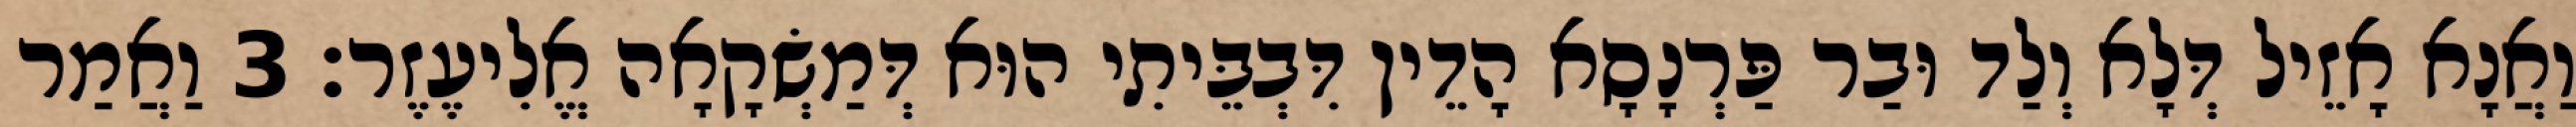
וַאֲנָא אָזֵיל דְּלָא וְלַד וּבַר פַּרְנָסָא הָדֵין דִּבְבֵּיתִי הוּא דְּמַשְׂקָאָה אֱלִיעֶזֶר׃ 3 וַאֲמַר